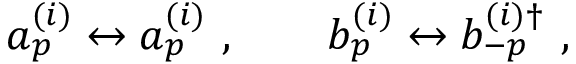
a _ { p } ^ { ( i ) } \leftrightarrow a _ { p } ^ { ( i ) } \ , \qquad b _ { p } ^ { ( i ) } \leftrightarrow b _ { - p } ^ { ( i ) \dagger } \ ,